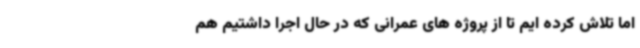
اما تلاش کرده ایم تا از پروژه های عمرانی که در حال اجرا داشتیم هم